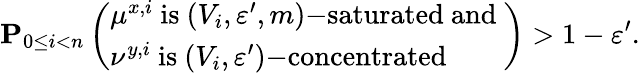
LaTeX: \mathbf P_{0\leq i<n}\left(\begin{array}{l}{\mu^{x,i}\mathrm{~is~}(V_{i},\varepsilon^{\prime},m)\mathrm{-saturated~and~}}\\ {\nu^{y,i}\mathrm{~is~}(V_{i},\varepsilon^{\prime})\mathrm{-concentrated}}\end{array}\right)>1-\varepsilon^{\prime}.